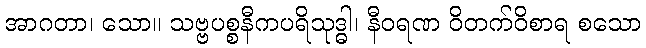
အာဂတာ၊ သော။ သဗ္ဗပစ္စနီကပရိသုဒ္ဓါ၊ နီဝရဏ ဝိတက်ဝိစာရ စသော